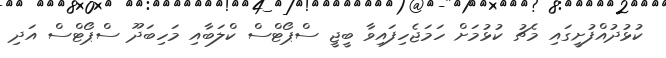
ކުޅުދުއްފުށީގައި މެޗު ކުޅުމަށް ހަމަޖެހިފައިވާ ބީޖީ ސްޕޯޓްސް ކްލަބާއި މަހިބަދޫ ސްޕޯޓްސް އަދި